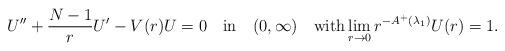
LaTeX: \begin{align*}U''+\frac{N-1}{r}U'-V(r)U=0\quad\mbox{in}\quad(0,\infty)\quad\mbox{with}\lim_{r\to 0}r^{-A^+(\lambda_1)}U(r)=1. \end{align*}